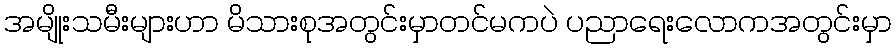
အမျိုးသမီးများဟာ မိသားစုအတွင်းမှာတင်မကပဲ ပညာရေးလောကအတွင်းမှာ